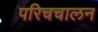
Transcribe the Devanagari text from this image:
परिचचालन